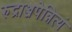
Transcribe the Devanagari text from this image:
रुद्राञ्जपेन्नित्यं